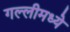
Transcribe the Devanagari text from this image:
गल्लीमध्ये